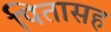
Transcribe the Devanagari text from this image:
पितासह